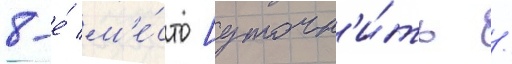
8-е́ м'е́сто [уточн'и́ть /